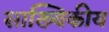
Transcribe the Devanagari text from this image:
साख्यिकीय